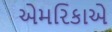
એમરિકાએ